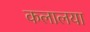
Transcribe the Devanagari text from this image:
कलालया